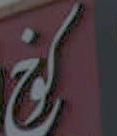
كون